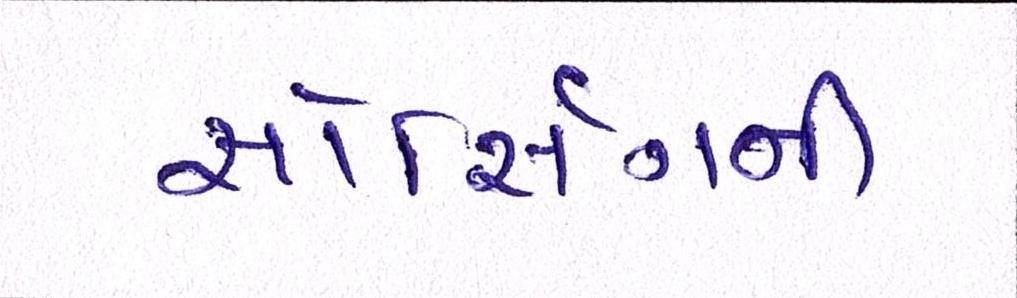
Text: સોર્સિંગની